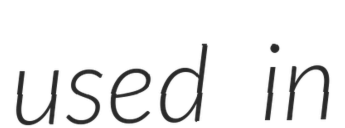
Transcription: used in